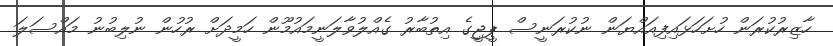
ހާޒިރުކުރަން ހުށަހަޅައިފިއައްޔަން ނުކުރަނީސް ޕީޖީގެ އިތުބާރު ގެއްލުވާލަނީމައުމޫން ހަމީދަށް ރުހުން ނުލިބުނު މައްސަލަ